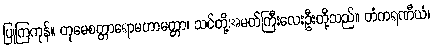
ပြုကြကုန်။ တုမေစတ္တာရောမဟာမတ္တာ၊ သင်တို့အမတ်ကြီးလေးဦးတို့သည်။ တံကရဏီယံ၊